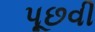
પૂછવી